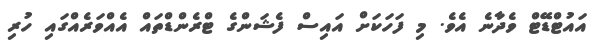
އައުޓްޑޭޓް ވެދާނެ އެވެ. މި ފަހަކަށް އައިސް ފެޝަންގެ ޓްރެންޑްތައް އެއްވަރެއްގައި ހުރި